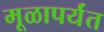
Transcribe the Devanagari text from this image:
मूळापर्यंत